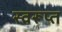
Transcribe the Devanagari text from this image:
स्वरूप्त